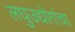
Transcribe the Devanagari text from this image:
लघुउद्योगांचा